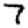
Digit: 7